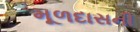
મૂળદાસની